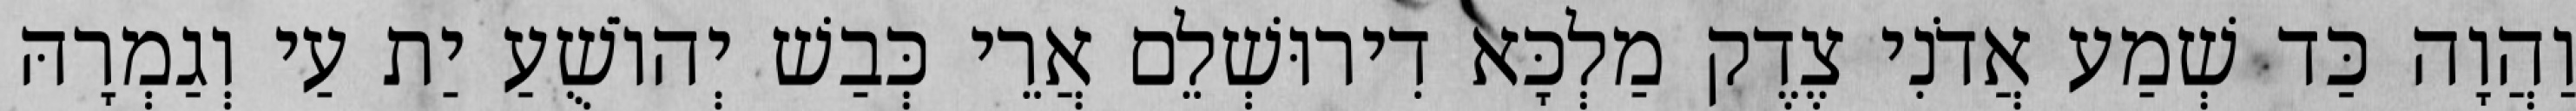
וַהֲוָה כַּד שְׁמַע אֲדֹנִי צֶדֶק מַלְכָּא דִירוּשְׁלֵם אֲרֵי כְּבַשׁ יְהוֹשֻׁעַ יַת עַי וְגַמְרָהּ